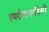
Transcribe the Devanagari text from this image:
स्वरोजगारियों